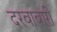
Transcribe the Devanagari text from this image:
दरवाबारी